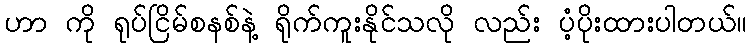
ဟာ ကို ရုပ်ငြိမ်စနစ်နဲ့ ရိုက်ကူးနိုင်သလို လည်း ပံ့ပိုးထားပါတယ်။